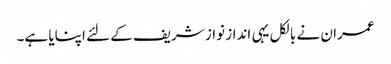
عمران نے بالکل یہی انداز نواز شریف کے لئے اپنایا ہے۔